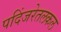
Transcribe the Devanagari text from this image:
पदिंजरेतलकल